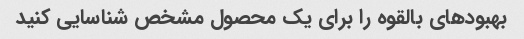
بهبودهای بالقوه را برای یک محصول مشخص شناسایی کنید